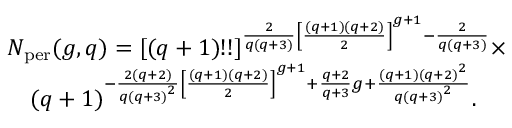
\begin{array} { r l } & { N _ { \mathrm { p e r } } ( g , q ) = { [ ( q + 1 ) ! ! ] } ^ { \frac { 2 } { q ( q + 3 ) } { \left[ \frac { ( q + 1 ) ( q + 2 ) } { 2 } \right] } ^ { g + 1 } - \frac { 2 } { q ( q + 3 ) } } \times } \\ & { \quad { ( q + 1 ) } ^ { - \frac { 2 ( q + 2 ) } { q { ( q + 3 ) } ^ { 2 } } { \left[ \frac { ( q + 1 ) ( q + 2 ) } { 2 } \right] } ^ { g + 1 } + \frac { q + 2 } { q + 3 } g + \frac { ( q + 1 ) { ( q + 2 ) } ^ { 2 } } { q { ( q + 3 ) } ^ { 2 } } } . } \end{array}